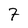
Character: 7